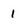
Character: 1